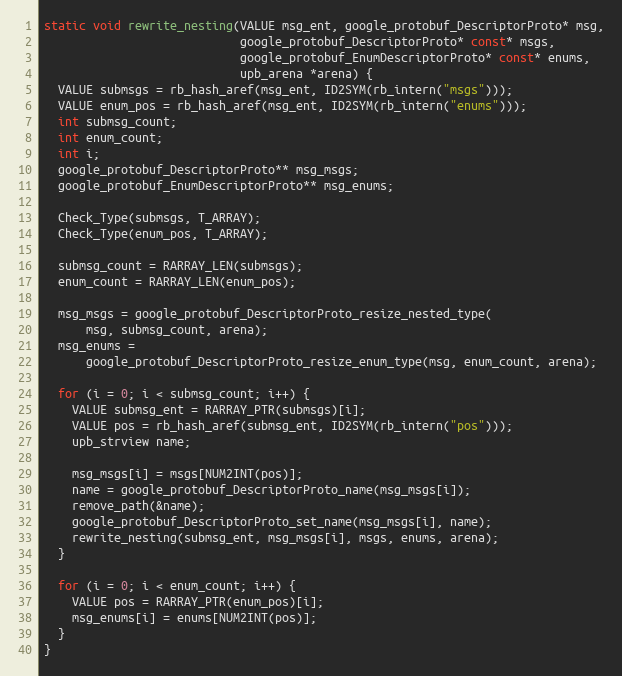
Language: C
static void rewrite_nesting(VALUE msg_ent, google_protobuf_DescriptorProto* msg,
                            google_protobuf_DescriptorProto* const* msgs,
                            google_protobuf_EnumDescriptorProto* const* enums,
                            upb_arena *arena) {
  VALUE submsgs = rb_hash_aref(msg_ent, ID2SYM(rb_intern("msgs")));
  VALUE enum_pos = rb_hash_aref(msg_ent, ID2SYM(rb_intern("enums")));
  int submsg_count;
  int enum_count;
  int i;
  google_protobuf_DescriptorProto** msg_msgs;
  google_protobuf_EnumDescriptorProto** msg_enums;

  Check_Type(submsgs, T_ARRAY);
  Check_Type(enum_pos, T_ARRAY);

  submsg_count = RARRAY_LEN(submsgs);
  enum_count = RARRAY_LEN(enum_pos);

  msg_msgs = google_protobuf_DescriptorProto_resize_nested_type(
      msg, submsg_count, arena);
  msg_enums =
      google_protobuf_DescriptorProto_resize_enum_type(msg, enum_count, arena);

  for (i = 0; i < submsg_count; i++) {
    VALUE submsg_ent = RARRAY_PTR(submsgs)[i];
    VALUE pos = rb_hash_aref(submsg_ent, ID2SYM(rb_intern("pos")));
    upb_strview name;

    msg_msgs[i] = msgs[NUM2INT(pos)];
    name = google_protobuf_DescriptorProto_name(msg_msgs[i]);
    remove_path(&name);
    google_protobuf_DescriptorProto_set_name(msg_msgs[i], name);
    rewrite_nesting(submsg_ent, msg_msgs[i], msgs, enums, arena);
  }

  for (i = 0; i < enum_count; i++) {
    VALUE pos = RARRAY_PTR(enum_pos)[i];
    msg_enums[i] = enums[NUM2INT(pos)];
  }
}